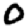
Digit: 0